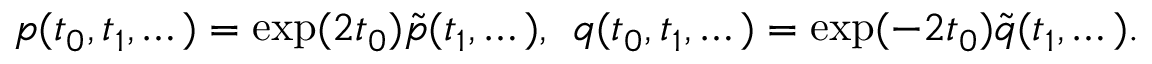
p ( t _ { 0 } , t _ { 1 } , \dots ) = \exp ( 2 t _ { 0 } ) \tilde { p } ( t _ { 1 } , \dots ) , \; \, q ( t _ { 0 } , t _ { 1 } , \dots ) = \exp ( - 2 t _ { 0 } ) \tilde { q } ( t _ { 1 } , \dots ) .